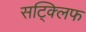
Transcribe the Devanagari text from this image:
सट्क्लिफ